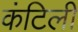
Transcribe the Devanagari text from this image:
कंटिली